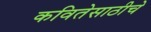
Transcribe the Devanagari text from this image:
कवितेसाठीचे